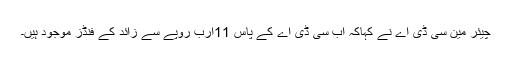
چیئر مین سی ڈی اے نے کہاکہ اب سی ڈی اے کے پاس 11ارب روپے سے زائد کے فنڈز موجود ہیں۔